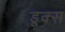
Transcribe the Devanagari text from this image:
डूक्स